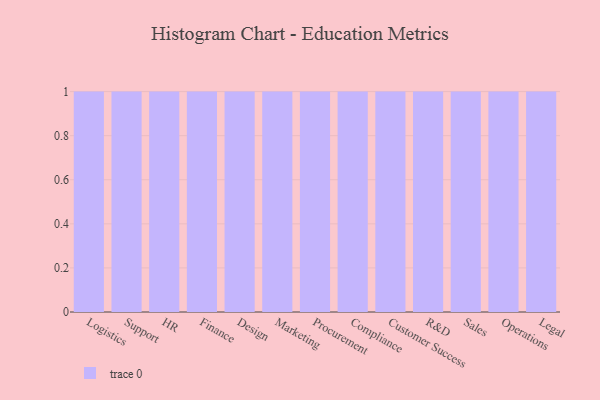
{"axis": {"x": "Department", "y": "Inventory Turnover"}, "legend": [""], "data": [{"x": "Logistics", "y": 63, "type": ""}, {"x": "Support", "y": 5, "type": ""}, {"x": "HR", "y": 54, "type": ""}, {"x": "Finance", "y": 47, "type": ""}, {"x": "Design", "y": 19, "type": ""}, {"x": "Marketing", "y": 21, "type": ""}, {"x": "Procurement", "y": 12, "type": ""}, {"x": "Compliance", "y": 10, "type": ""}, {"x": "Customer Success", "y": 28, "type": ""}, {"x": "R&D", "y": 24, "type": ""}, {"x": "Sales", "y": 30, "type": ""}, {"x": "Operations", "y": 37, "type": ""}, {"x": "Legal", "y": 13, "type": ""}]}